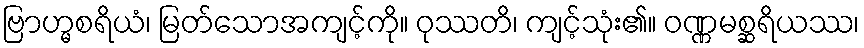
ဗြာဟ္မစရိယံ၊ မြတ်သောအကျင့်ကို။ ဝုဿတိ၊ ကျင့်သုံး၏။ ဝဏ္ဏမစ္ဆရိယဿ၊